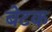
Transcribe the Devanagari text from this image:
बेटक